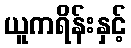
ယူကရိန်းနှင့်